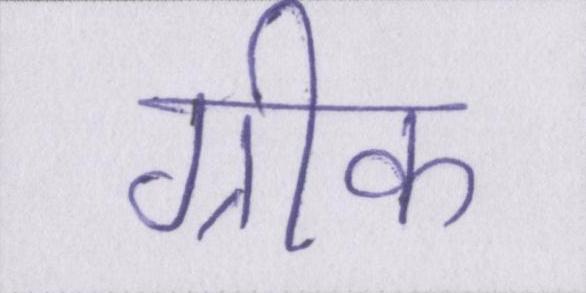
ग्रीक